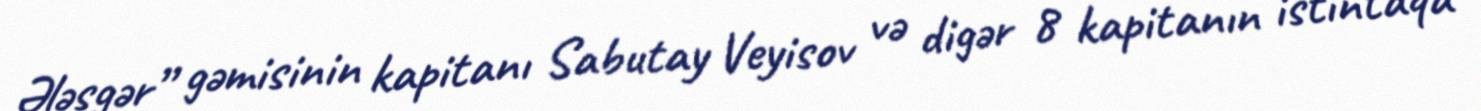
Ələsgər” gəmisinin kapitanı Sabutay Veyisov və digər 8 kapitanın istintaqa